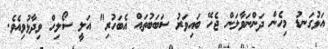
އަޅުގަނޑު މިހެން ދަންނަވާލަން ޖެހޭ ބައިވަރު ސަބަބުތައް އެބަހުރި" އަލީ ސޯލިހް ވިދާޅުވިއެވެ.